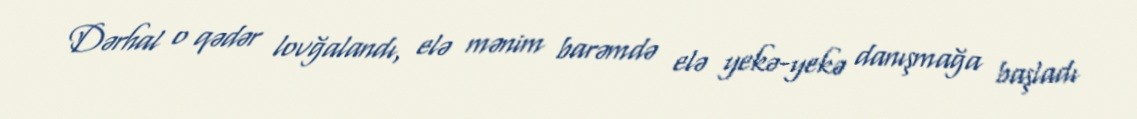
Dərhal o qədər lovğalandı, elə mənim barəmdə elə yekə-yekə danışmağa başladı